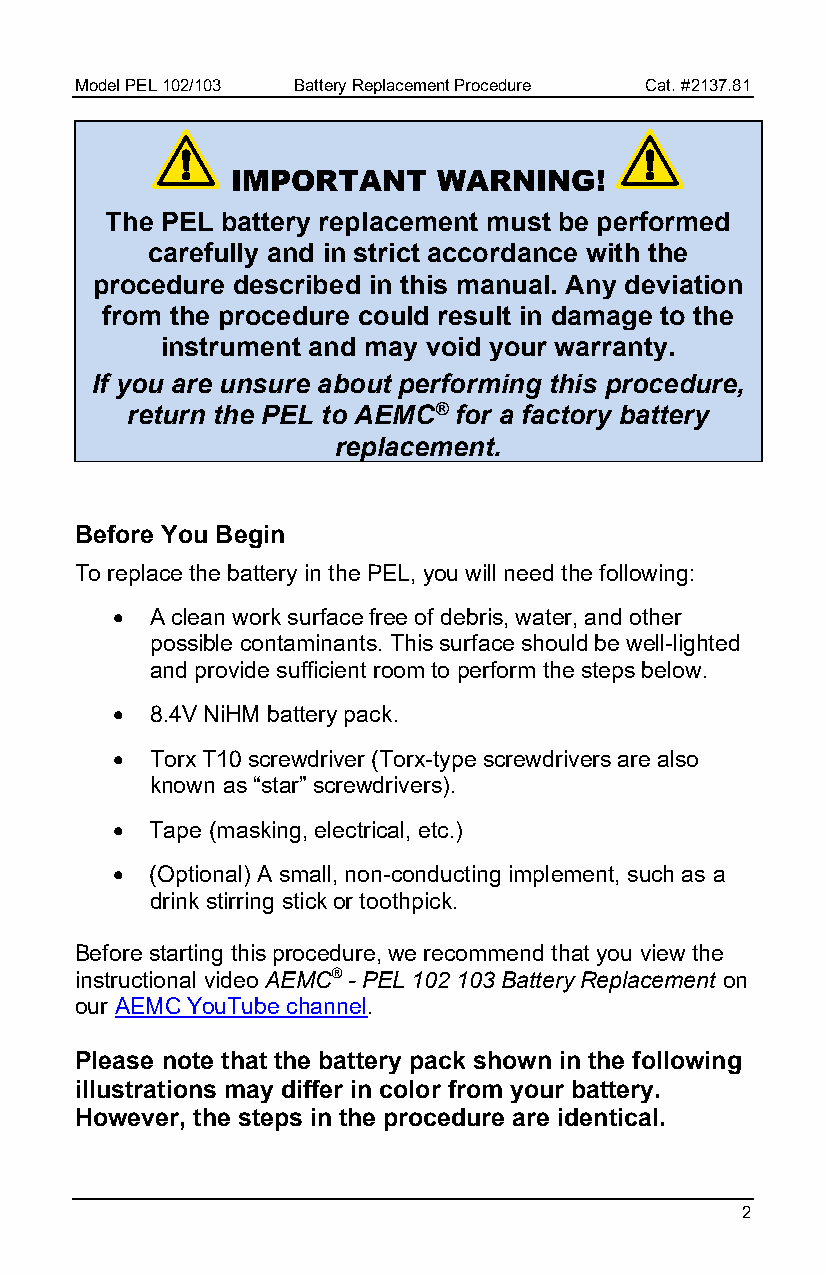
Model PEL 102/103 Battery Replacement Procedure Cat. #2137.81
 IMPORTANT     WARNING!
 The PEL battery replacement must be performed
 carefully and in strict accordance with the
 procedure described in this manual. Any deviation
 from the procedure could result in damage to the
 instrument and may void your warranty.
 If you are unsure about performing this procedure,
 return the PEL to AEMC® for a factory battery
 replacement.
 Before You Begin
 To replace the battery in the PEL, you will need the following:
   A clean work surface free of debris, water, and other
 possible contaminants. This surface should be well-lighted
 and provide sufficient room to perform the steps below.
   8.4V NiHM battery pack.
   Torx T10 screwdriver (Torx-type screwdrivers are also
 known as “star” screwdrivers).
   Tape (masking, electrical, etc.)
   (Optional) A small, non-conducting implement, such as a
 drink stirring stick or toothpick.
 Before starting this procedure, we recommend that you view the
 instructional video AEMC® - PEL 102 103 Battery Replacement on
 our AEMC YouTube channel.
 Please note that the battery pack shown in the following
 illustrations may differ in color from your battery.
 However, the steps in the procedure are identical.
 2